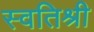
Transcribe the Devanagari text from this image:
स्वतिश्री